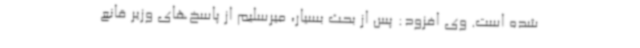
شده است. وی افزود: پس از بحث بسیار، میرسلیم از پاسخ‌های وزیر قانع